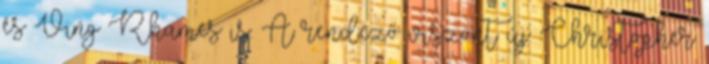
és Ving Rhames is. A rendező viszont új: Christopher